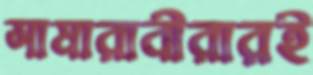
সামারাবীরারই